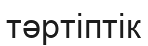
тәртіптік